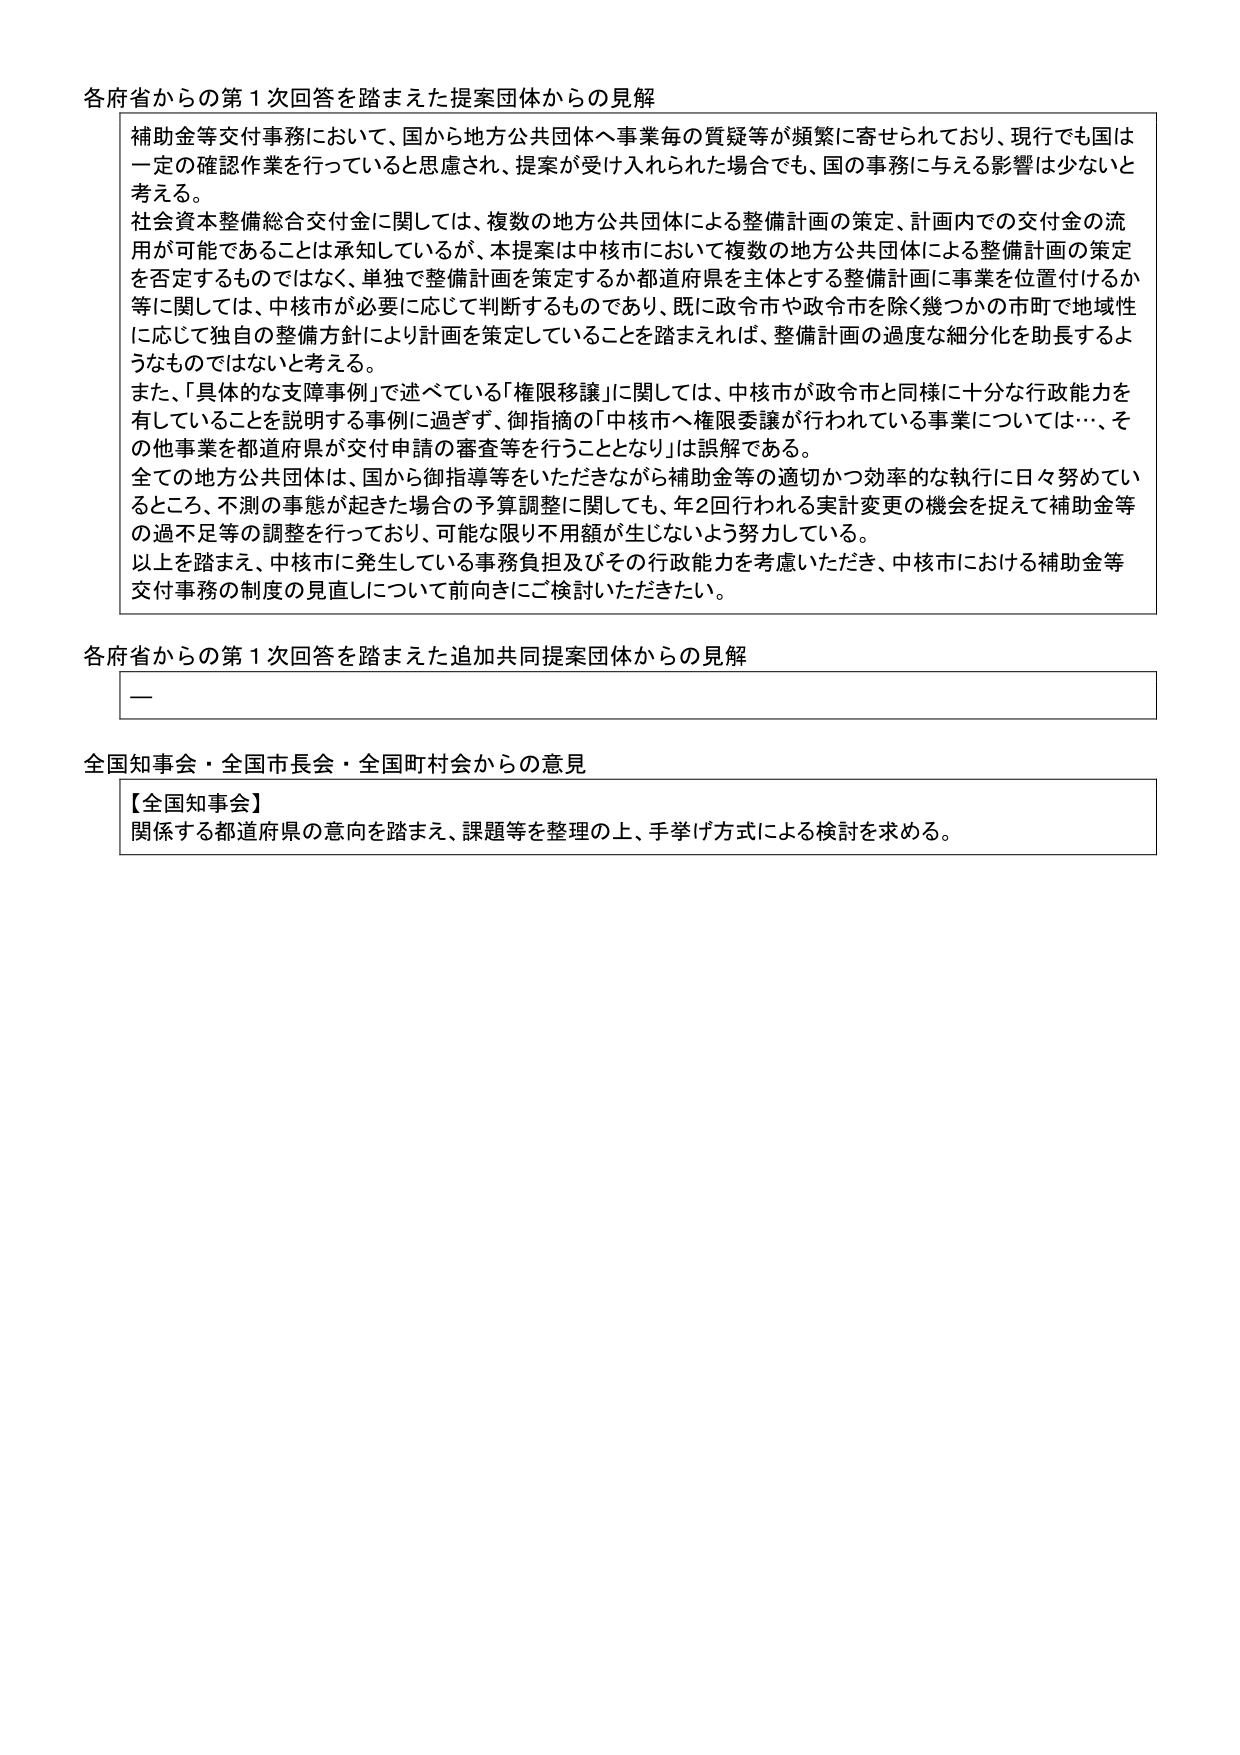
各府省からの第１次回答を踏まえた提案団体からの見解

補助金等交付事務において、国から地方公共団体へ事業毎の質疑等が頻繁に寄せられており、現行でも国は一定の確認作業を行っていると思慮され、提案が受け入れられた場合でも、国の事務に与える影響は少ないと考える。

社会資本整備総合交付金に関しては、複数の地方公共団体による整備計画の策定、計画内での交付金の流用が可能であることは承知しているが、本提案は中核市において複数の地方公共団体による整備計画の策定を否定するものではなく、単独で整備計画を策定するか都道府県を主体とする整備計画に事業を位置付けるか等に関しては、中核市が必要に応じて判断するものであり、既に政令市や政令市を除く幾つかの市町で地域性に応じて独自の整備方針により計画を策定していることを踏まえれば、整備計画の過度な細分化を助長するようなものではないと考える。

また、「具体的な支障事例」で述べている「権限移譲」に関しては、中核市が政令市と同様に十分な行政能力を有していることを説明する事例に過ぎず、御指摘の「中核市へ権限委譲が行われている事業については…、その他事業を都道府県が交付申請の審査等を行うこととなり」は誤解である。

全ての地方公共団体は、国から御指導等をいただきながら補助金等の適切かつ効率的な執行に日々努めているところ、不測の事態が起きた場合の予算調整に関しても、年2回行われる実計変更の機会を捉えて補助金等の過不足等の調整を行っており、可能な限り不用額が生じないよう努力している。

以上を踏まえ、中核市に発生している事務負担及びその行政能力を考慮いただき、中核市における補助金等交付事務の制度の見直しについて前向きにご検討いただきたい。

各府省からの第１次回答を踏まえた追加共同提案団体からの見解

—

全国知事会・全国市長会・全国町村会からの意見

【全国知事会】
関係する都道府県の意向を踏まえ、課題等を整理の上、手挙げ方式による検討を求める。